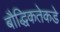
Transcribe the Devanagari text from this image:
बौद्धिकतेकडे